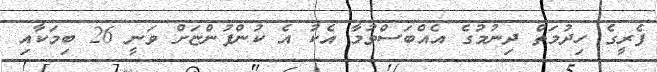
ފެރީގެ ހިދުމަތް ދިނުމުގެ އެއްބަސްވުމާ އެކު އެ ކުންފުންޏަށް ވަނީ 26 ބިމަކާއި